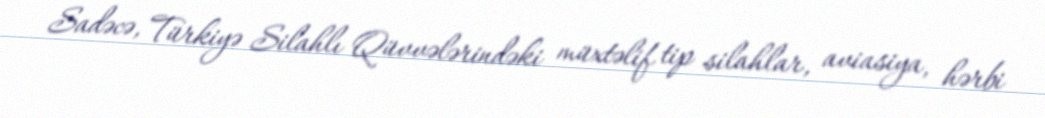
Sadəcə, Türkiyə Silahlı Qüvvələrindəki müxtəlif tip silahlar, aviasiya, hərbi